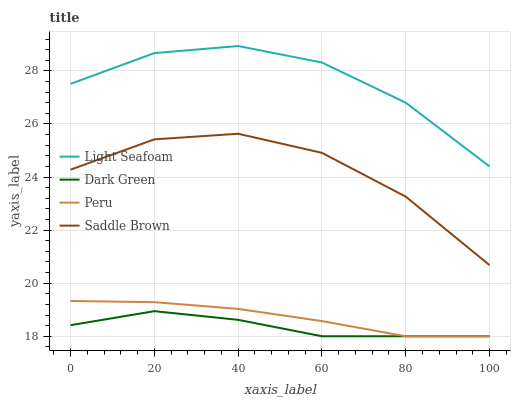
| xaxis_label | Light Seafoam | Dark Green | Peru | Saddle Brown |
 | --- | --- | --- | --- | --- |
 | 0 | 27.5 | 18.4 | 19.3 | 24.3 |
 | 20 | 28.7 | 18.9 | 19.3 | 25.4 |
 | 40 | 28.9 | 18.6 | 19 | 25.6 |
 | 60 | 28.3 | 18 | 18.6 | 24.9 |
 | 80 | 26.8 | 18 | 18 | 23.3 |
 | 100 | 24.4 | 18 | 18 | 20.7 |